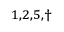
^ { 1 , 2 , 5 , \dagger }